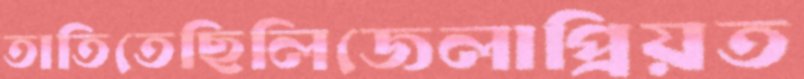
তাতিতেছিলিজেলাপ্রিয়ত